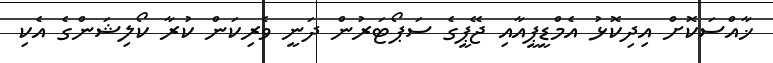
ޚާއްސަކޮށް އިދިކޮޅު އެމްޑީޕީއާއި ޖޭޕީގެ ސަޕޯޓަރުން ދަނީ ވެރިކަން ކުރާ ކޯލިޝަންގެ އެކި